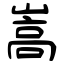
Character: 嵩